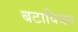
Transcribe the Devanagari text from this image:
बटावियन